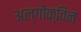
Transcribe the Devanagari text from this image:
अल्गोंक्विन